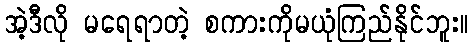
အဲ့ဒီလို မရေရာတဲ့ စကားကိုမယုံကြည်နိုင်ဘူး။